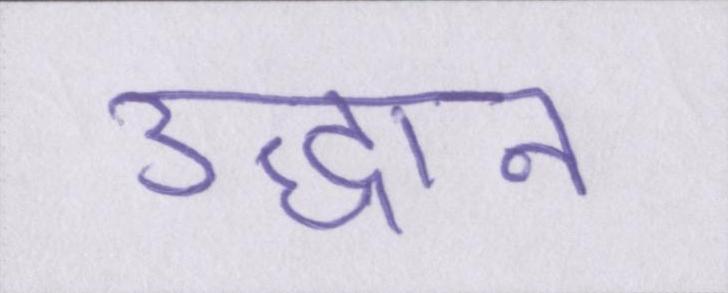
उद्धान